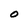
Character: O